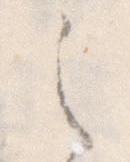
之